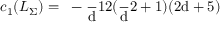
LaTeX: c _ { 1 } ( L _ { \Sigma } ) = \mathrm { ~ - \frac ~ d { 1 2 } ( \frac ~ d 2 + 1 ) ( 2 d + 5 ) ~ }